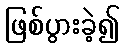
ဖြစ်ပွားခဲ့၍